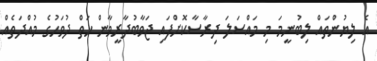
އެ ލިޔުންތައް ލިބުނީމަ މި މައްސަލަ ދިރާސާކޮށްފައި ޖަވާބުދާރީވާން ހަތް ދުވަހުގެ މުއްދަތެއް